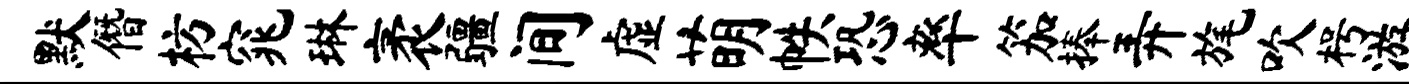
默僭枋窕琳袤疆间虚萌帙恐率笳捧弄旄吹枵游